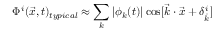
\Phi ^ { i } ( \vec { x } , t ) _ { t y p i c a l } \approx \sum _ { k } | \phi _ { k } ( t ) | \cos [ \vec { k } \cdot \vec { x } + \delta _ { \vec { k } } ^ { i } ]